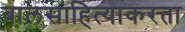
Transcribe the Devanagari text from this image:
बालसाहित्याकरता